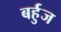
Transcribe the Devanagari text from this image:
बर्हुज